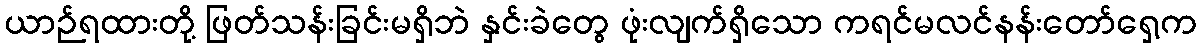
ယာဉ်ရထားတို့ ဖြတ်သန်းခြင်းမရှိဘဲ နှင်းခဲတွေ ဖုံးလျက်ရှိသော ကရင်မလင်နန်းတော်ရှေ့က